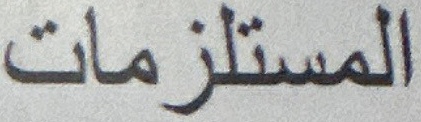
المستلزمات